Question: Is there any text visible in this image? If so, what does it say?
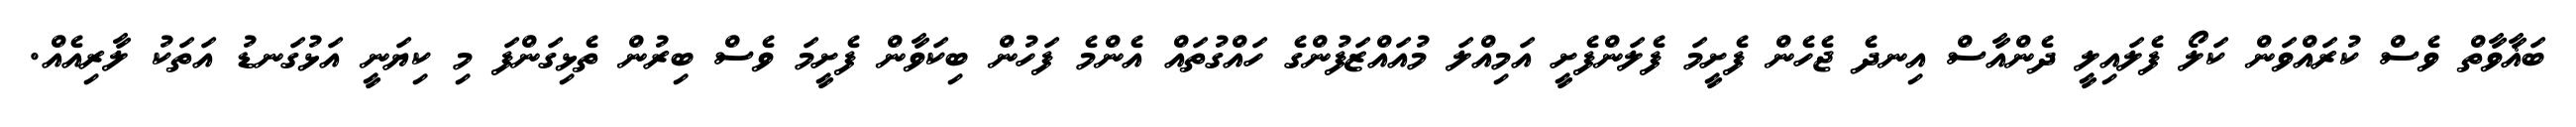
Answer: ބަޣާވާތް ވެސް ކުރައްވަން ކަލޯ ފެލައިލީ ދެންއާސް އިނދެ ޖެހެން ފެށީމަ ފެލަންފެށީ އަމިއްލަ މުއައްޒަފުންގެ ހައްގުތައް އެންމެ ފަހުން ބިކަވާން ފެށީމަ ވެސް ބިރުން ތެޅިގަންފަ މި ކިޔަނީ އަޅުގަނޑު އަތަކު ލާރިއެއް.